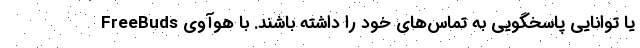
یا توانایی پاسخگویی به تماس‌های خود را داشته باشند. با هوآوی FreeBuds